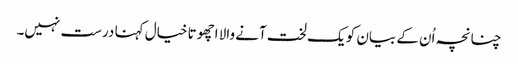
چنانچہ اُن کے بیان کو یک لخت آنے والا اچھوتا خیال کہنا درست نہیں۔